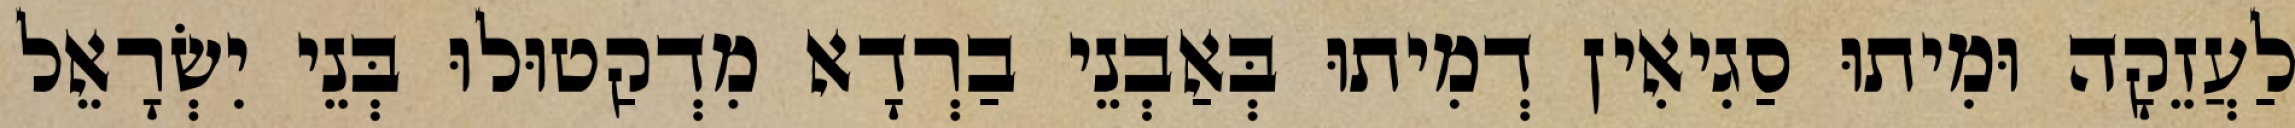
לַעֲזֵקָה וּמִיתוּ סַגִיאִין דְמִיתוּ בְּאַבְנֵי בַרְדָא מִדְקַטוּלוּ בְּנֵי יִשְׂרָאֵל